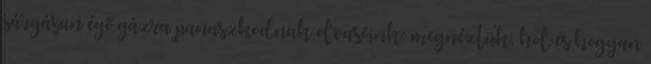
sárgásan égő gázra panaszkodnak olvasóink: megnéztük, hol és hogyan